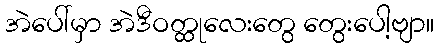
အဲပေါ်မှာ အဲဒီဝတ္ထုလေးတွေ တွေးပေါ့ဗျာ။